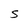
Character: S